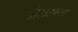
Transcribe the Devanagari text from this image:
चौरासता